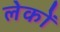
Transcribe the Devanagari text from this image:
लेकों